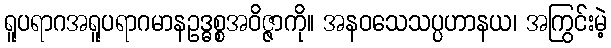
ရူပရာဂအရူပရာဂမာနဥဒ္ဓစ္စအဝိဇ္ဇာကို။ အနဝသေသပ္ပဟာနယ၊ အကြွင်းမဲ့